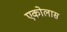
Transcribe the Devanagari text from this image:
एकोलास